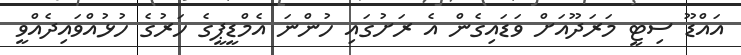
އައްޑޫ ސިޓީ މަރަދޫއަށް ވަޑައިގެން އެ ރަށުގައި ހުންނަ އެމްޑީޕީގެ ހަރުގެ ހުޅުއްވައިދެއްވީ